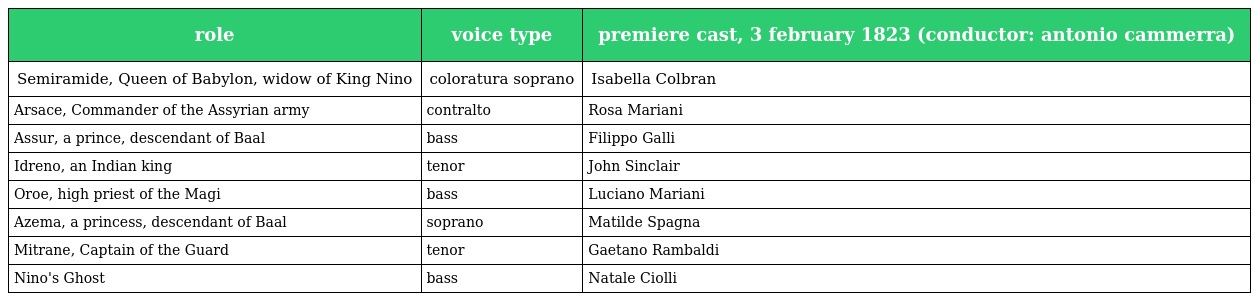
| role | voice type | premiere cast, 3 february 1823 (conductor: antonio cammerra) |
 | --- | --- | --- |
 | Semiramide, Queen of Babylon, widow of King Nino | coloratura soprano | Isabella Colbran |
 | Arsace, Commander of the Assyrian army | contralto | Rosa Mariani |
 | Assur, a prince, descendant of Baal | bass | Filippo Galli |
 | Idreno, an Indian king | tenor | John Sinclair |
 | Oroe, high priest of the Magi | bass | Luciano Mariani |
 | Azema, a princess, descendant of Baal | soprano | Matilde Spagna |
 | Mitrane, Captain of the Guard | tenor | Gaetano Rambaldi |
 | Nino's Ghost | bass | Natale Ciolli |